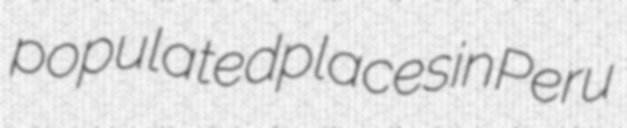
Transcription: populated places in Peru